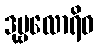
ဒုဗ္ဗလောရိဝ